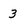
Character: 3